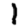
Digit: 1